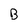
Character: B